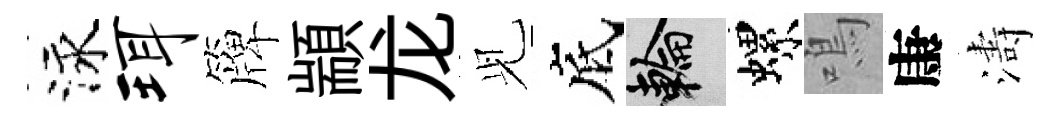
泳珥簰顓龙𫤗底輪螺鳴康濤